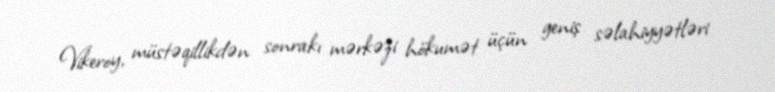
Vikeroy, müstəqillikdən sonrakı mərkəzi hökumət üçün geniş səlahiyyətləri